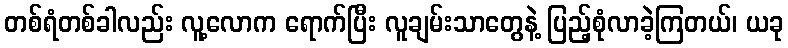
တစ်ရံတစ်ခါလည်း လူ့လောက ရောက်ပြီး လူချမ်းသာတွေနဲ့ ပြည့်စုံလာခဲ့ကြတယ်၊ ယခု